Report of the Indian Hemp Drugs Commission, 1894-1895 - Volume II
Year: 1894
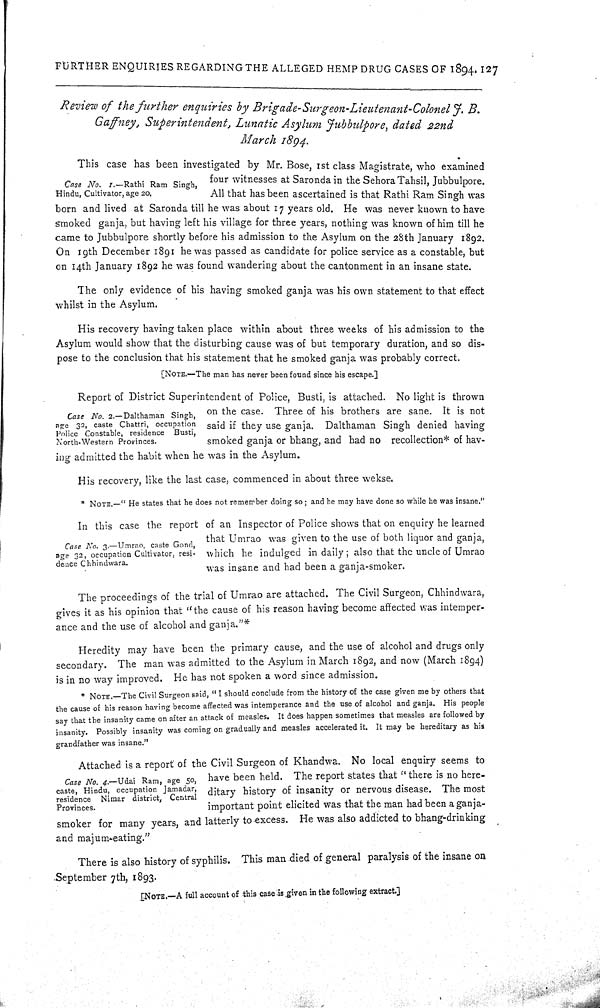
FURTHER ENQUIRIES REGARDING THE ALLEGED HEMP DRUG CASES OF 1894. 127
Review of the further enquiries by Brigade-Surgeon-Lieutenant-Colonel J. B.
Gaffney, Superintendent, Lunatic Asylum Jubbulpore, dated 22nd
March 1894.
Case No. 1.—Rathi Ram Singh,
Hindu, Cultivator, age 20.
This case has been investigated by Mr. Bose, 1st class Magistrate, who examined
four witnesses at Saronda in the Sehora Tahsil, Jubbulpore.
All that has been ascertained is that Rathi Ram Singh was
born and lived at Saronda till he was about 17 years old. He was never known to have
smoked ganja, but having left his village for three years, nothing was known of him till he
came to Jubbulpore shortly before his admission to the Asylum on the 28th January 1892.
On 19th December 1891 he was passed as candidate for police service as a constable, but
on 14th January 1892 he was found wandering about the cantonment in an insane state.
The only evidence of his having smoked ganja was his own statement to that effect
whilst in the Asylum.
His recovery having taken place within about three weeks of his admission to the
Asylum would show that the disturbing cause was of but temporary duration, and so dis-
pose to the conclusion that his statement that he smoked ganja was probably correct.
[NOTE.—The man has never been found since his escape.]
Case No. 2.—Dalthaman Singh,
age 32, caste Chattri, occupation
Police Constable, residence Busti,
North-Western Provinces.
Report of District Superintendent of Police, Busti, is attached. No light is thrown
on the case. Three of his brothers are sane. It is not
said if they use ganja. Dalthaman Singh denied having
smoked ganja or bhang, and had no recollection* of hav-
ing admitted the habit when he was in the Asylum.
His recovery, like the last case, commenced in about three wekse.
* NOTE.—"He states that he does not remember doing so; and he may have done so while he was insane."
Case No. 3.—Umrao, caste Gond,
age 32, occupation Cultivator, resi-
dence Chhindwara.
In this case the report of an Inspector of Police shows that on enquiry he learned
that Umrao was given to the use of both liquor and ganja,
which he indulged in daily; also that the uncle of Umrao
was insane and had been a ganja-smoker.
The proceedings of the trial of Umrao are attached. The Civil Surgeon, Chhindwara,
gives it as his opinion that "the cause of his reason having become affected was intemper-
ance and the use of alcohol and ganja."*
Heredity may have been the primary cause, and the use of alcohol and drugs only
secondary. The man was admitted to the Asylum in March 1892, and now (March 1894)
is in no way improved. He has not spoken a word since admission.
* NOTE.—The Civil Surgeon said, "I should conclude from the history of the case given me by others that
the cause of his reason having become affected was intemperance and the use of alcohol and ganja. His people
say that the insanity came on after an attack of measles. It does happen sometimes that measles are followed by
insanity. Possibly insanity was coming on gradually and measles accelerated it. It may be hereditary as his
grandfather was insane."
Case No. 4.—Udai Ram, age 50,
caste, Hindu, occupation Jamadar,
residence Nimar district, Central
Provinces.
Attached is a report of the Civil Surgeon of Khandwa. No local enquiry seems to
have been held. The report states that "there is no here-
ditary history of insanity or nervous disease. The most
important point elicited was that the man had been a ganja-
smoker for many years, and latterly to excess. He was also addicted to bhang-drinking
and majum-eating."
There is also history of syphilis. This man died of general paralysis of the insane on
September 7th, 1893.
[NOTE.—A full account of this case is given in the following extract.]